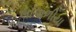
લાપાળીયા